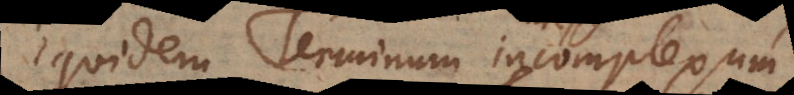
Equidem Terminum incomplexum